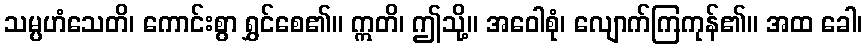
သမ္ပဟံသေတိ၊ ကောင်းစွာ ရွှင်စေ၏။ ဣတိ၊ ဤသို့။ အဝေါစုံ၊ လျောက်ကြကုန်၏။ အထ ခေါ၊